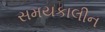
સમયકાલીન